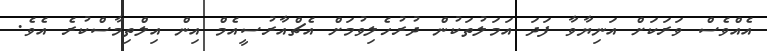
އެއްވެސް ވަރަކަށް އަނިޔާވާ ފަދަ އަމަލުތަކުން ދުރުހެލިވުމަށް އެޗްއާރުސީއެމް އިން އިލްތިމާސްކުރެ އެވެ.